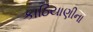
કાઠિયાણીના